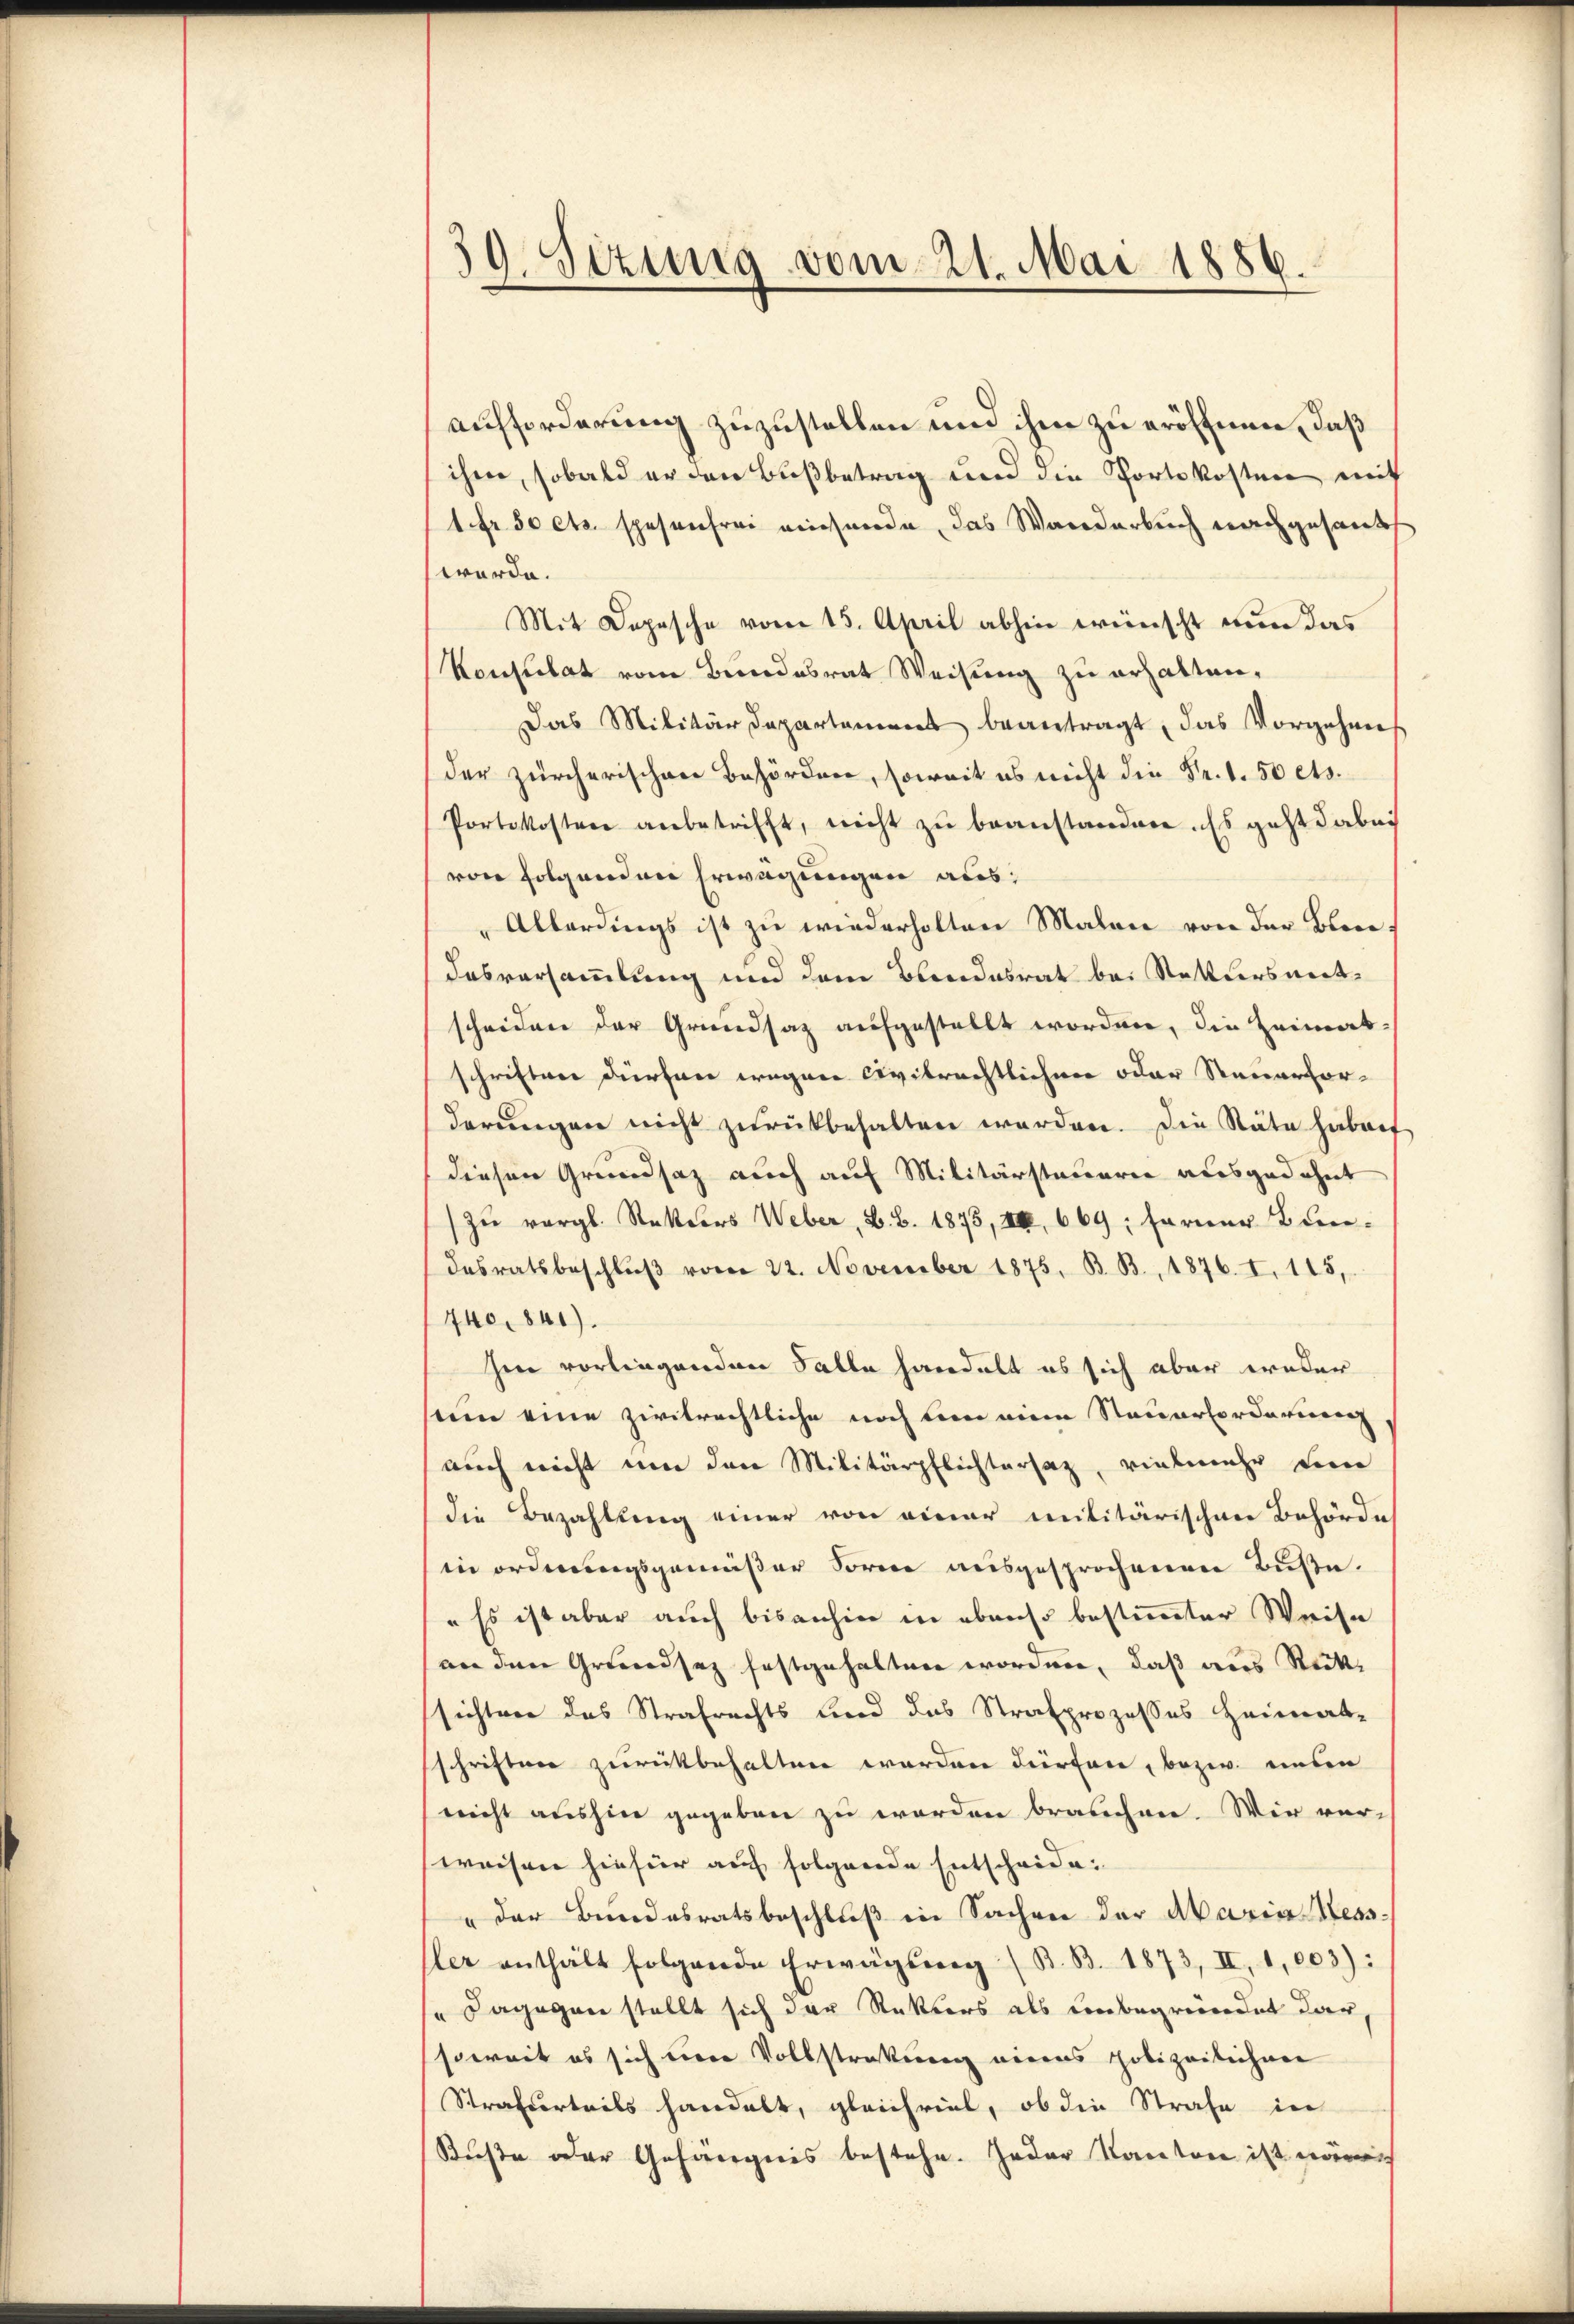
59. Sizung vom 21. Mai 1886.

aufforderung zuzustellen und ihm zu eröffnen, daß
ihme, sobald er den Bußbetrag und die Fortkosten mit
1 Fr. 50 cts. spesenfrei einsende, das Wanderbuch nachgesandt
werde.
Mit Depesche vom 15. April abhin wünscht nun das
Konsulat vom Bundesrat Weisung zu erhalten,
Das Militärdepartamens beantragt, das Vorgehen
der zürcherischen Behördere, soweit es nicht die Fr. 1. 50 ets.
Portokosten anbetrifft, nicht zu beanstanden s geht dabei
von folgenden Erwägungen aus:
Allerdings ist zu wiederholten Malen von der Biene
dasversammlung und dem Blendesrat bei Retterswerkscheiden der Grundsaz aufgestellt worden, die Heimatschriften dürfen wegen Civilrechtlichen oder Steuervor-
derungen nicht zurückbehalten werden. Die Stäte hebenf
diesen Grundsaz auch auf Militärstauerie ausgedehnt
zŭ vergl. Rektors Weber, B. B. 1873, VIII 669; ferner Bundesratsbeschluß vom 22. November 1875. B. B., 1876. I. 115,
740. 841).
hen vorliegenden Salle handelt es sich aber weder
een eine zivilrechtliche noch bin eine Steuerforderierenz
auch nicht um den Militärpflichtersatz, vielmehr sein
die Bezahlung einer von einer militärischen Behörde
in ordnungsgemäßer Forne ausgesprochenen Buße.
"Es ist aber auch bisanhin in ebenso bestimmter Weise
an den Grundsaz festgehalten worden, daß aus Rücksichter das Strafrechts und das Strafprozesses Heimat-
schriften zurückbehalten worden dürfen, bezw. unten
nicht aushin gegeben zu werden brauchen. Wir ver-
weisen hiefür auf folgende Entscheide¬
" der Bundesratsbeschluß in Sachen der Maria Kess
ler enthält folgende Erwägung (B. B. 1873, II, 1,003):
" Dagegen stellt sich der Rektors als unbegründet dar,
soweit es sich bere Vollstrakung einens polizeilichen
Strafvertrels handelt, gleichviel, ob die Strafe in
Buße der Gefängnis bestehe. Jeder Kanton ist näm